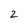
Character: 2